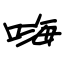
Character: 嗨